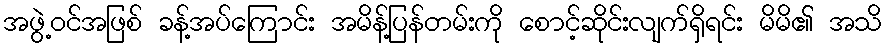
အဖွဲ့ဝင်အဖြစ် ခန့်အပ်ကြောင်း အမိန့်ပြန်တမ်းကို စောင့်ဆိုင်းလျက်ရှိရင်း မိမိ၏ အသိ